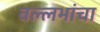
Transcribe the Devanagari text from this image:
वल्लभांचा